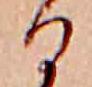
る